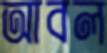
আবল